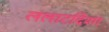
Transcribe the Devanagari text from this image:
ललाटदिशा